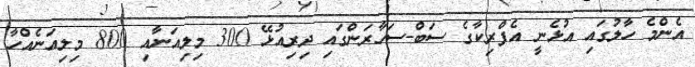
އެންމެ ހާލުގައި އުޅެނީ އެފްރިކާގެ ސަބް-ސަހާރަންގައި ދިރިއުޅޭ 300 މިލިއަނާއި 800 މިލިއަނެއްހާ